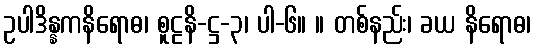
ဥပါဒိန္နကနိရောဓ၊ စူဠနိ-ဋ္ဌ-၃၊ ပါ-၆။ ။ တစ်နည်း၊ ခယ နိရောဓ၊